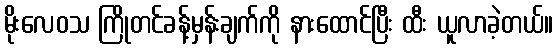
မိုးလေဝသ ကြိုတင်ခန့်မှန်းချက်ကို နားထောင်ပြီး ထီး ယူလာခဲ့တယ်။